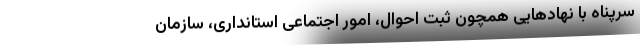
سرپناه با نهادهایی همچون ثبت احوال، امور اجتماعی استانداری، سازمان